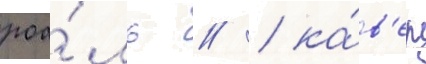
роа́ль // / ка́в'ер